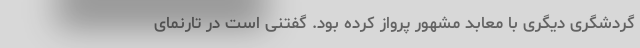
گردشگری دیگری با معابد مشهور پرواز کرده بود. گفتنی است در تارنمای